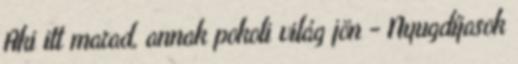
Aki itt marad, annak pokoli világ jön - Nyugdíjasok